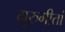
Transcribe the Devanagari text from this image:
गुरुगीतां